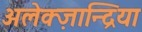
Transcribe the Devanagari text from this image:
अलेक्ज़ान्द्रिया